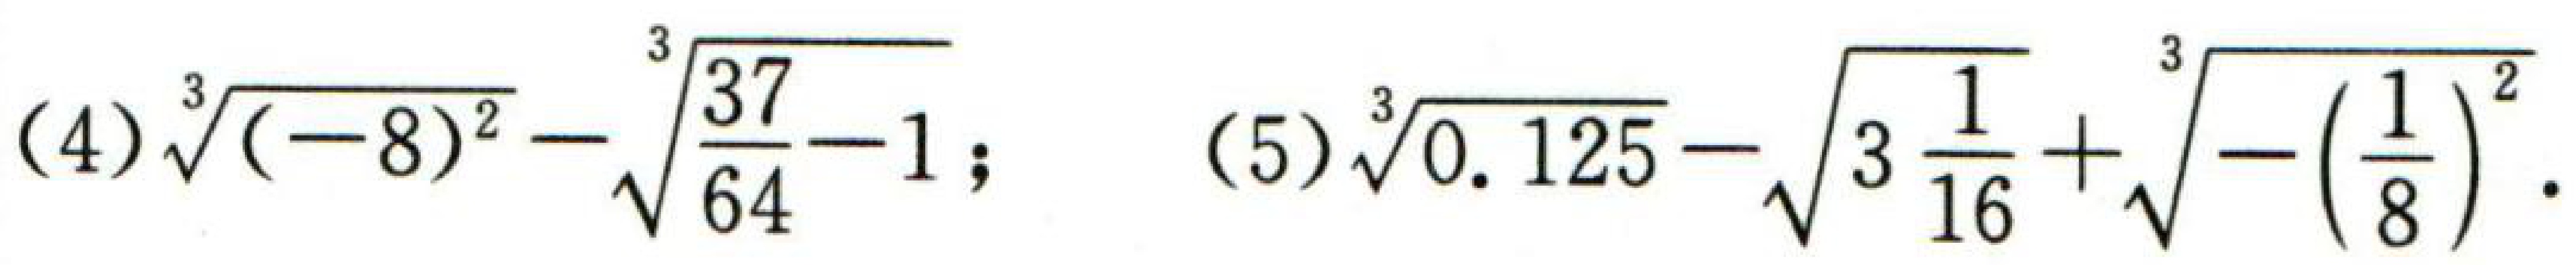
(4) $\sqrt[3]{(-8)^{2}}-\sqrt[3]{\frac{37}{64}-1}$; (5) $\sqrt[3]{0.125}-\sqrt{3\frac{1}{16}}+\sqrt[3]{-(\frac{1}{8})^{2}}$.